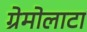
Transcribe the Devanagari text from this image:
ग्रेमोलाटा